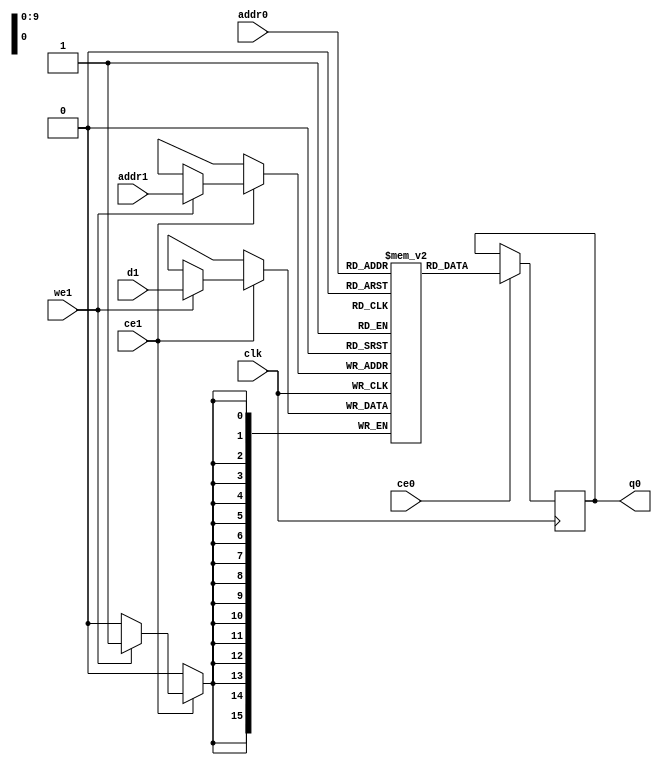
// ==============================================================
// File generated by Vivado(TM) HLS - High-Level Synthesis from C, C++ and SystemC
// Version: 2017.4
// Copyright (C) 1986-2017 Xilinx, Inc. All Rights Reserved.
// 
// ==============================================================

`timescale 1 ns / 1 ps
module line_buffer_19_bucud_ram (addr0, ce0, q0, addr1, ce1, d1, we1,  clk);

parameter DWIDTH = 16;
parameter AWIDTH = 10;
parameter MEM_SIZE = 736;

input[AWIDTH-1:0] addr0;
input ce0;
output reg[DWIDTH-1:0] q0;
input[AWIDTH-1:0] addr1;
input ce1;
input[DWIDTH-1:0] d1;
input we1;
input clk;

(* ram_style = "block" *)reg [DWIDTH-1:0] ram[0:MEM_SIZE-1];




always @(posedge clk)  
begin 
    if (ce0) 
    begin
            q0 <= ram[addr0];
    end
end


always @(posedge clk)  
begin 
    if (ce1) 
    begin
        if (we1) 
        begin 
            ram[addr1] <= d1; 
        end 
    end
end


endmodule


`timescale 1 ns / 1 ps
module line_buffer_19_bucud(
    reset,
    clk,
    address0,
    ce0,
    q0,
    address1,
    ce1,
    we1,
    d1);

parameter DataWidth = 32'd16;
parameter AddressRange = 32'd736;
parameter AddressWidth = 32'd10;
input reset;
input clk;
input[AddressWidth - 1:0] address0;
input ce0;
output[DataWidth - 1:0] q0;
input[AddressWidth - 1:0] address1;
input ce1;
input we1;
input[DataWidth - 1:0] d1;



line_buffer_19_bucud_ram line_buffer_19_bucud_ram_U(
    .clk( clk ),
    .addr0( address0 ),
    .ce0( ce0 ),
    .q0( q0 ),
    .addr1( address1 ),
    .ce1( ce1 ),
    .d1( d1 ),
    .we1( we1 ));

endmodule